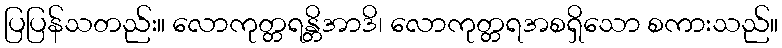
ပြပြန်သတည်း။ လောကုတ္တရန္တိအာဒိ၊ လောကုတ္တရအစရှိသော စကားသည်။